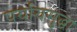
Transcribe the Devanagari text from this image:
पर्यायसुद्धा